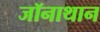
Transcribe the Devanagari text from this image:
जॉनाथान